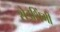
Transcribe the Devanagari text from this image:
शेडशिंगी